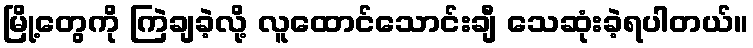
မြို့တွေကို ကြဲချခဲ့လို့ လူထောင်သောင်းချီ သေဆုံးခဲ့ရပါတယ်။